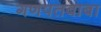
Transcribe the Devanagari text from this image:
गणपतबाबा